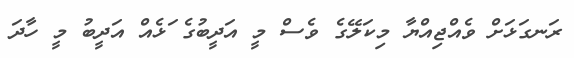
ރަނގަޅަށް ވެއްޖިއްޔާ މިކަލޭގެ ވެސް މީ އަދީބުގެ ަޅެއް އަދީބު މީ ހާދަ